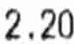
2.20